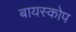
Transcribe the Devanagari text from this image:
बायस्कोप